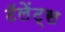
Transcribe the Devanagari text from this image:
टॅलेंट्स